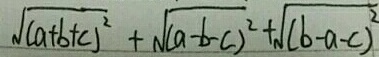
\sqrt { ( a + b + c ) ^ { 2 } } + \sqrt { ( a - b - c ) ^ { 2 } } + \sqrt { ( b - a - c ) ^ { 2 } }